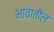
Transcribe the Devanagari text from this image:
भावातील